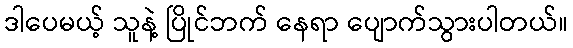
ဒါပေမယ့် သူနဲ့ ပြိုင်ဘက် နေရာ ပျောက်သွားပါတယ်။